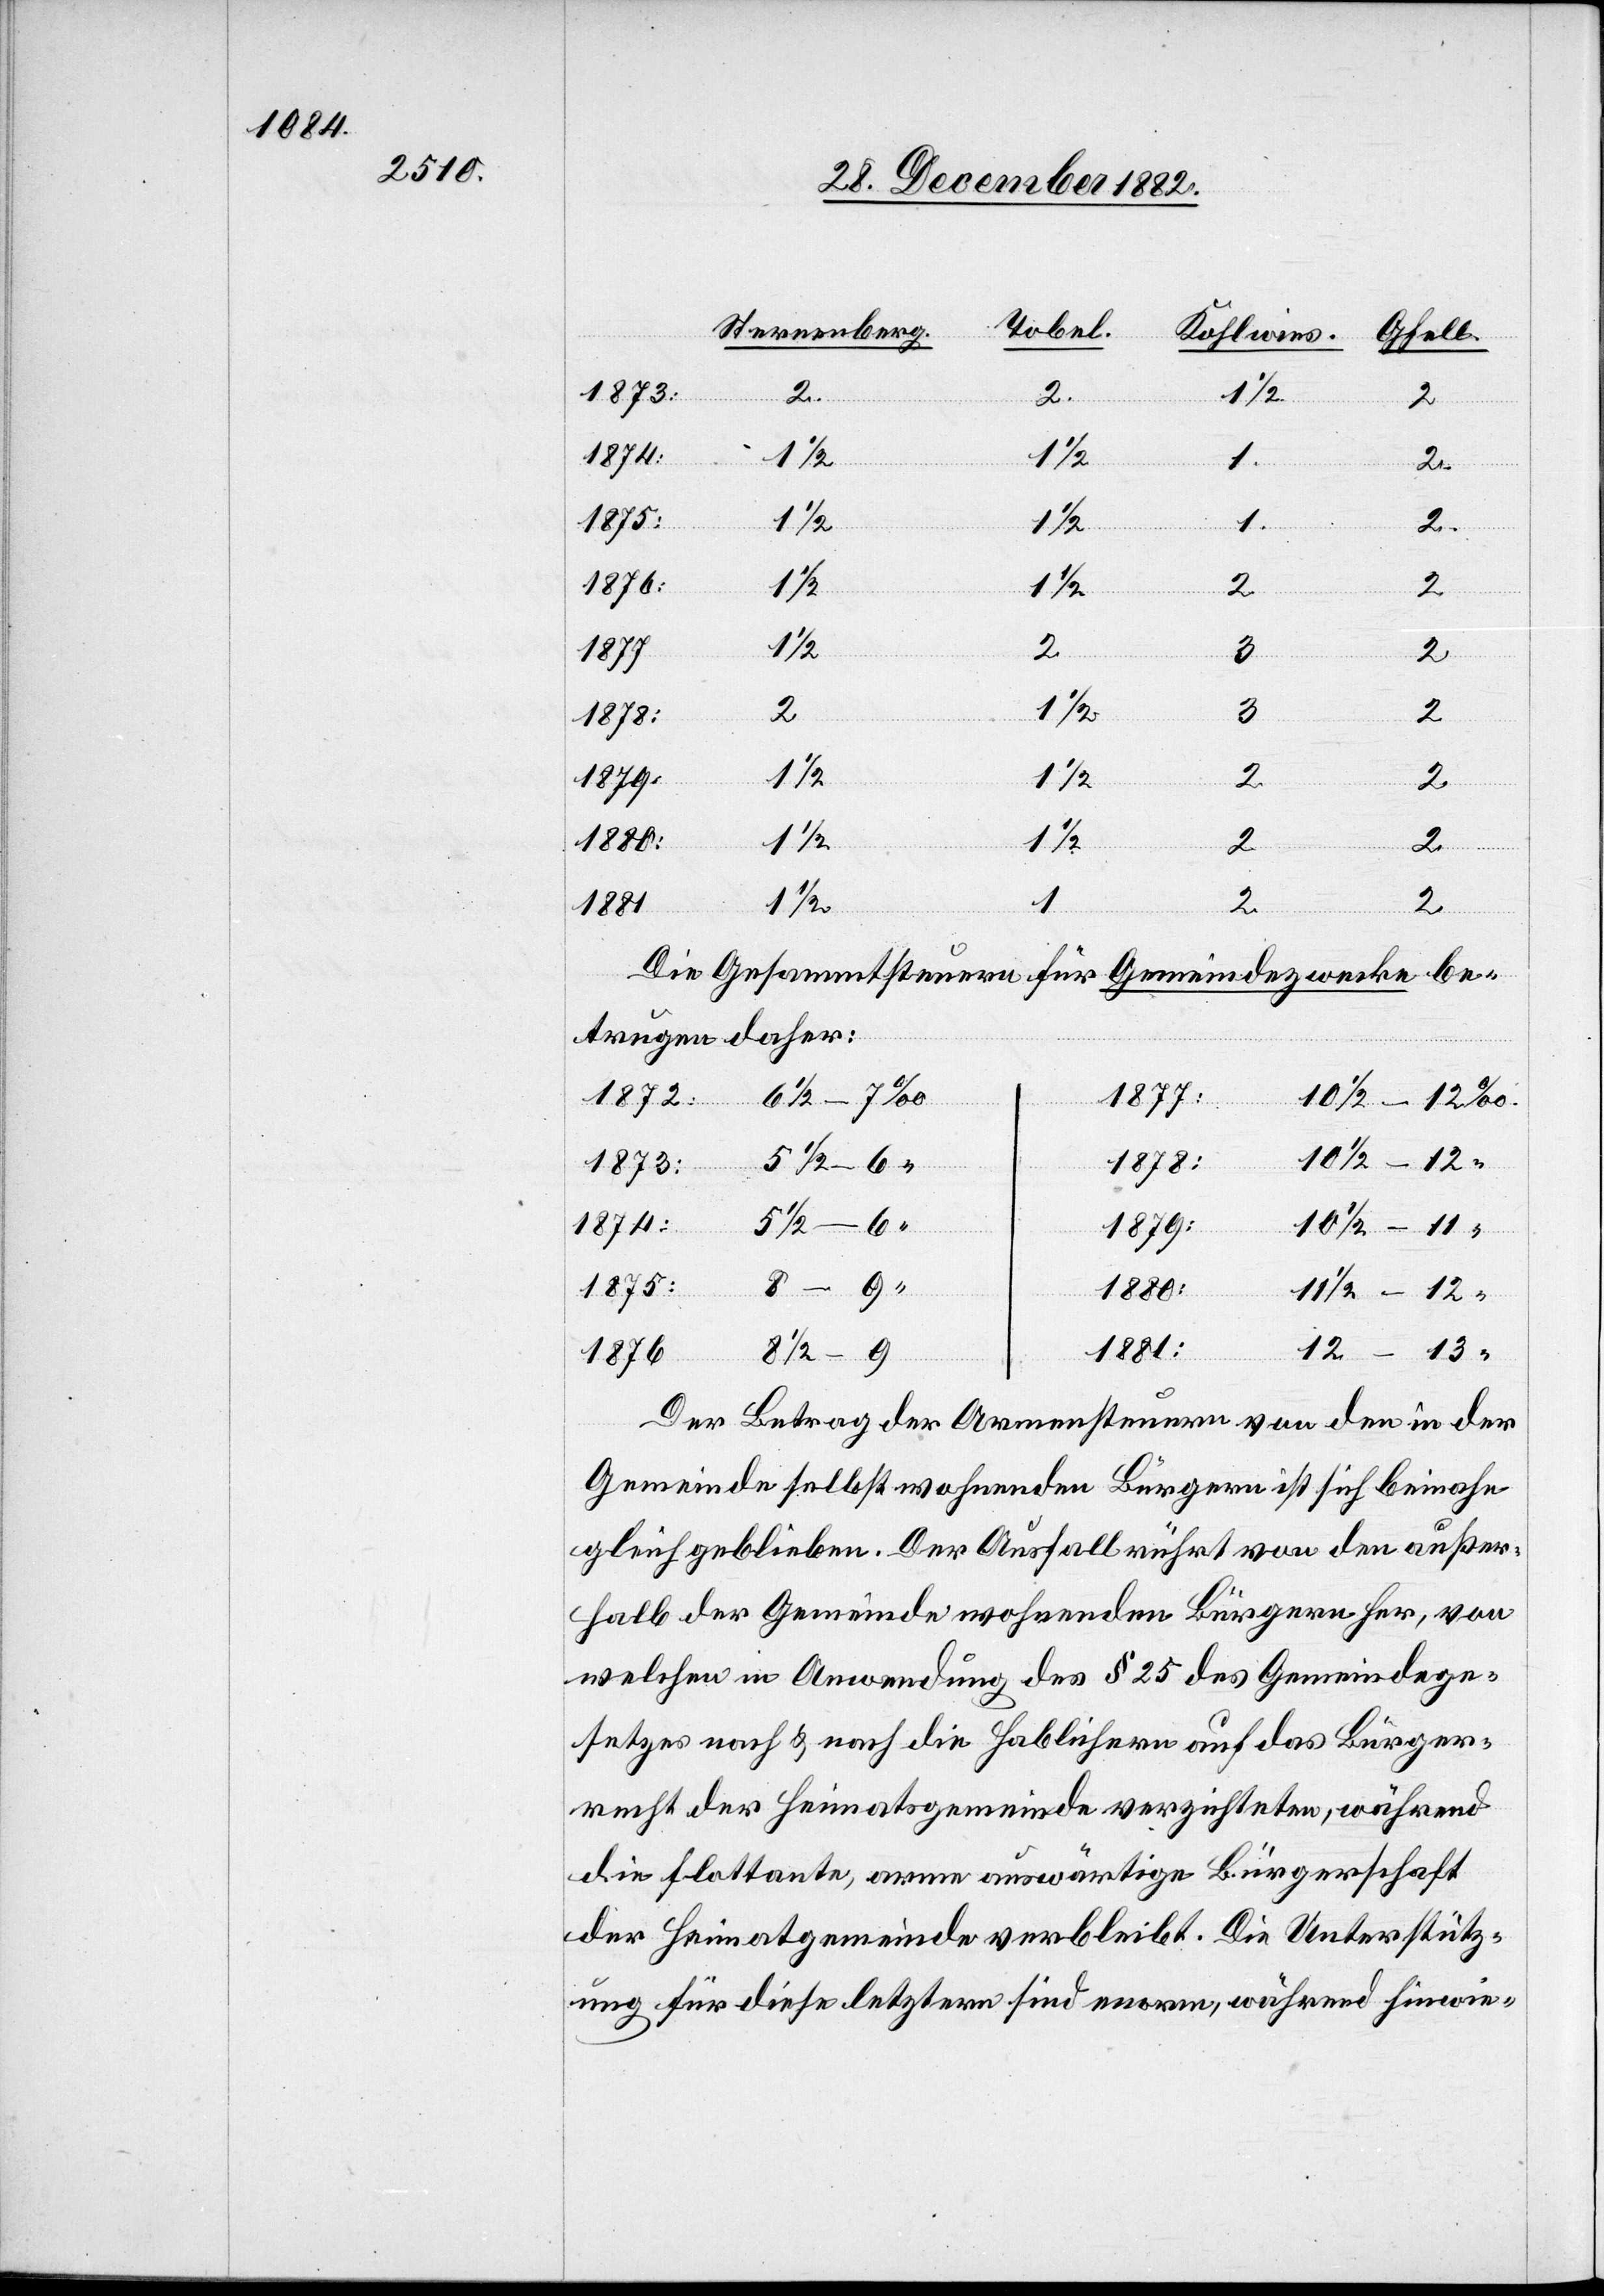
12–13
1874:
1
2
1875:
1
1876:
1
1/2
1
2
3
1878:
1/2
1879:
1
Die Gesammtsteuern für Gemeindezwecke be¬
trugen daher:
1872:
6 1/2–7
1877:
10 1/2–12
1875:
5 1/2–6
10 1/2–11
1879:
1880:
11 1/2–12
1881:
8 1/2–9
Der Betrag der Armensteuern von den in der
Gemeinde selbst wohnenden Bürgern ist sich beinahe
gleich geblieben. Der Ausfall rührt von den außer¬
halb der Gemeinde wohnenden Bürgern her, von
welchen in Anwendung des § 25 des Gemeindege¬
setzes nach & nach die Hablichern auf das Bürger¬
recht der Heimatsgemeinde verzichteten, während
die flottante, arme auswärtige Bürgerschaft
der Heimatgemeinde verbleibt. Die Unterstütz¬
ung für diese letztern sind enorm, während hinwie-

“